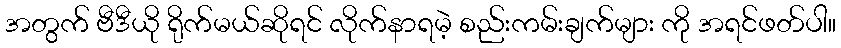
အတွက် ဗီဒီယို ရိုက်မယ်ဆိုရင် လိုက်နာရမဲ့ စည်းကမ်းချက်များ ကို အရင်ဖတ်ပါ။